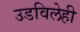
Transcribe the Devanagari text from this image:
उडविलेही